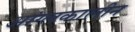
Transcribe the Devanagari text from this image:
आंग्लकालीन